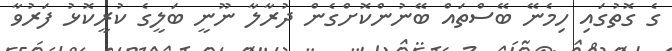
ގެ ގޮތުގައި ހިމެނޭ ބޭސްތައް ބޭނުންކޮށްގެން ދުރާލާ ނޫނީ ބަލީގެ ކުރީކޮޅު ފަރުވާ